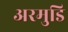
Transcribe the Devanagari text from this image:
अरमुडि